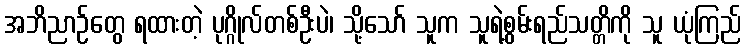
အဘိညာဉ်တွေ ရထားတဲ့ ပုဂ္ဂိုလ်တစ်ဦးပဲ၊ သို့သော် သူက သူရဲ့စွမ်းရည်သတ္တိကို သူ ယုံကြည်